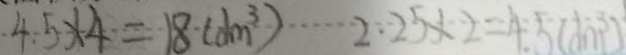
4 . 5 \times 4 = 1 8 ( d m ^ { 3 } ) 2 . 2 5 \times 2 = 4 . 5 ( d m ^ { 3 } )